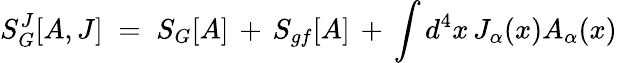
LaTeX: S_{G}^{J}[A,J]\; =\; S_{G}[A]\, +\, S_{gf}[A]\, +\, \int d^{4}x\, J_{\alpha}(x)A_{\alpha}(x)\,